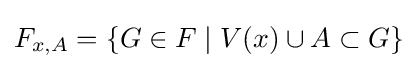
F_{x,A}=\{G\in F\mid V(x)\cup A\subset G\}